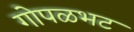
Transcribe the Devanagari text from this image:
गोपळभट